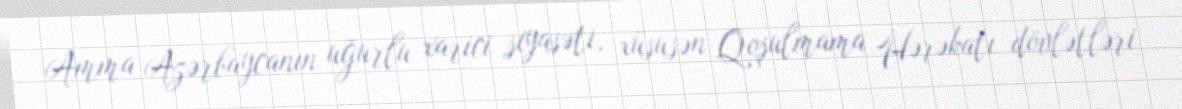
Amma Azərbaycanın uğurlu xarici siyasəti, xüsusən Qoşulmama Hərəkatı dövlətləri